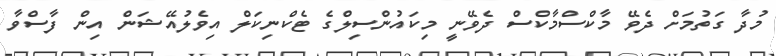
މުދާ ގަތުމަށް ދެވޭ މާކްސްމާކްސް ދެވޭނީ މިކައުންސިލްގެ ޓެކްނިކަލް އިވެލުއޭޝަން އިން ފާސްވާ